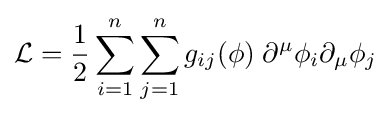
{\mathcal {L}}={\frac {1}{2}}\sum _{i=1}^{n}\sum _{j=1}^{n}g_{ij}(\phi )\;\partial ^{\mu }\phi _{i}\partial _{\mu }\phi _{j}